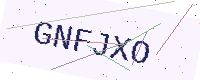
Text: GNFJXO